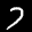
Label: 7